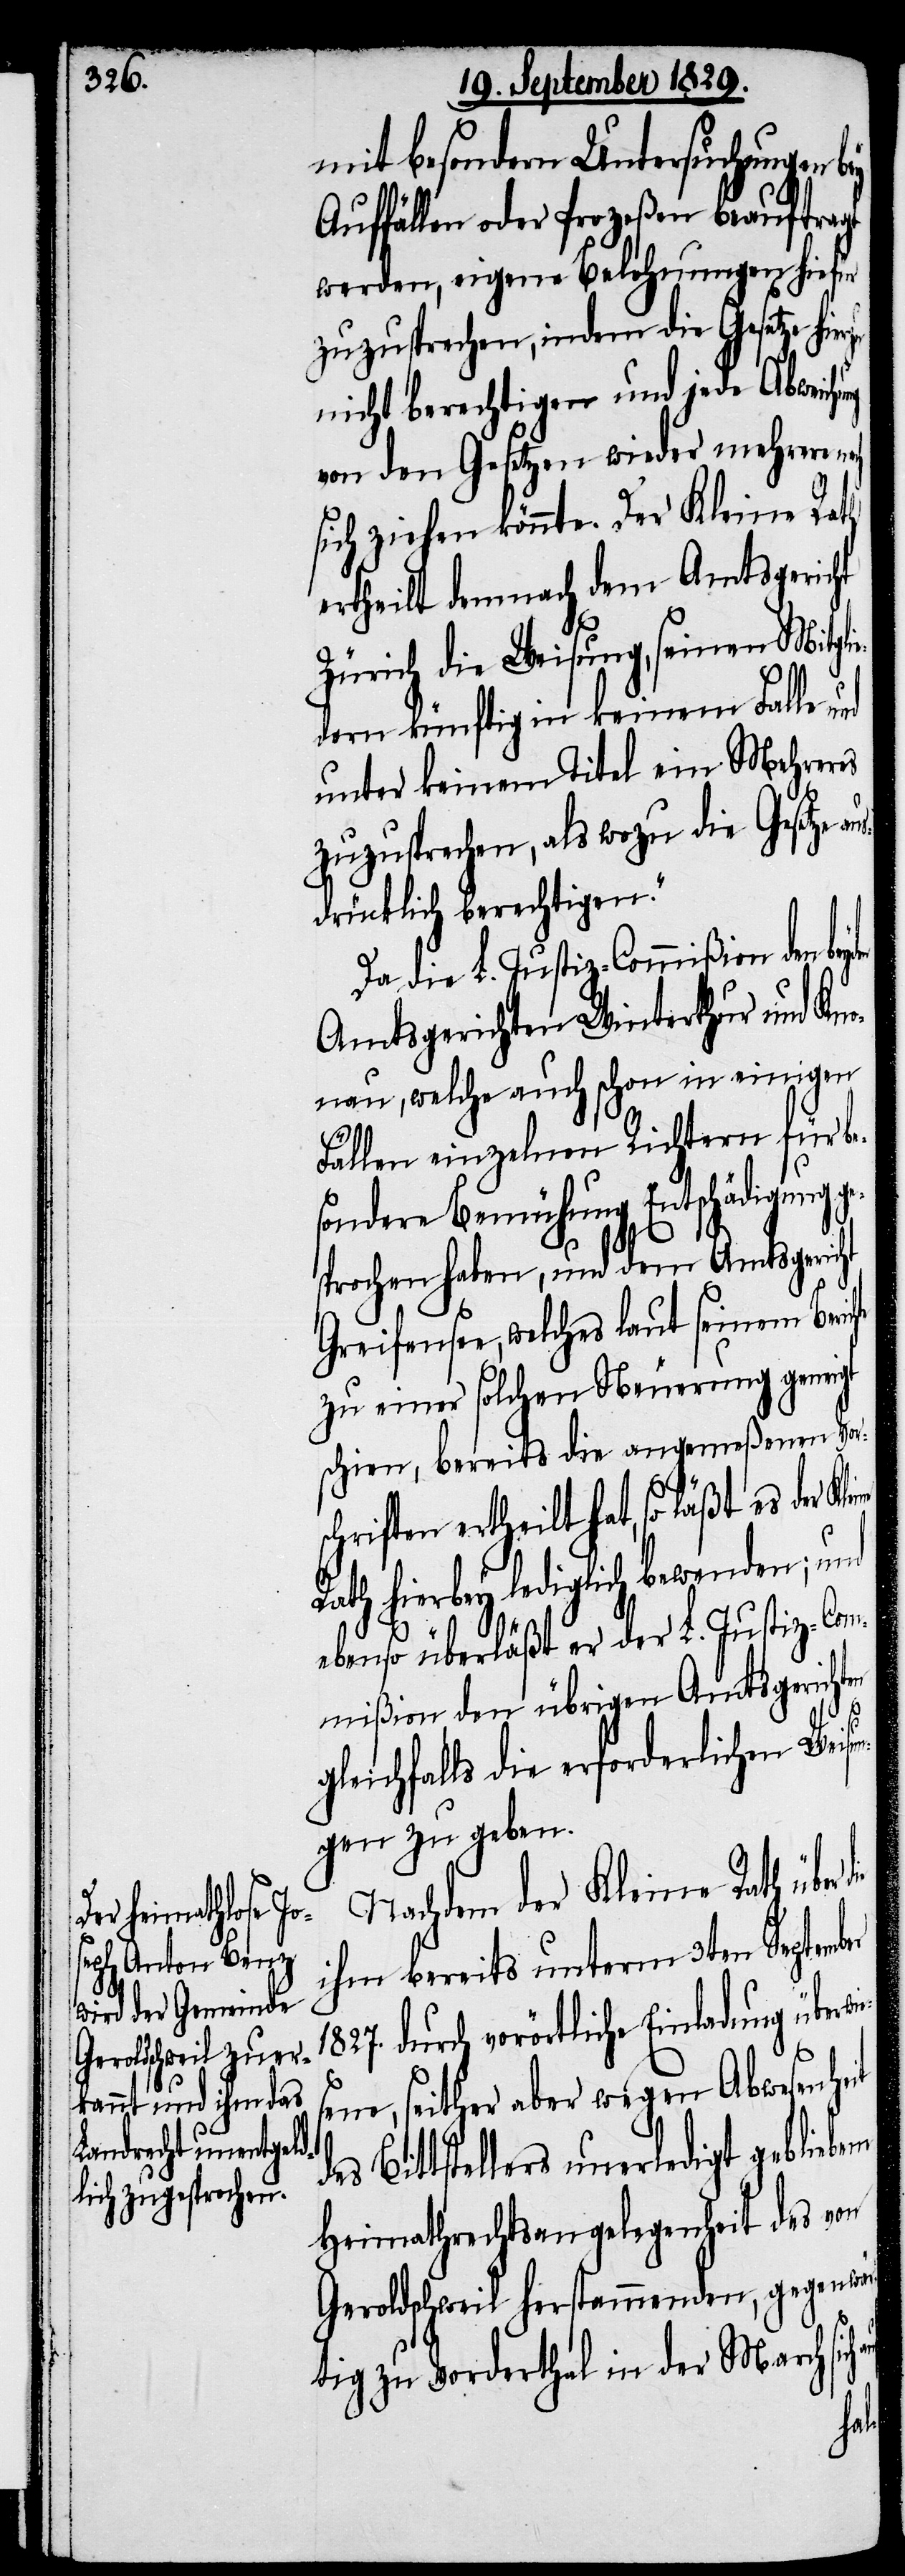
mit besondern Untersuchungen bey
Auffällen oder Prozeßen beauftragt
werden, eigene Belohnungen hiefür
zuzusprechen, indem die Gesetze hier¬
nicht berechtigen und jede Abweic¬
von den Gesetzen wieder mehrere
sich ziehen könnte. Der Kleine Rath
ertheilt demnach dem Amtsgericht
Zürich die Weisung, seinen Mitgli¬
edern künftig in keinem Falle und
unter keinem Titel ein Mehreres
zuzusprechen, als wozu die Gesetze
sdrücklich berechtigen.“
Da die L. Justiz-Commißion den
Amtsgerichten Winterthur und Kno¬
nau, welche auch schon in einigen
Fällen einzelnen Richtern für be¬
sondere Bemühung Entschädigung ge¬
sprochen haben, und dem Amtsgericht
Greifensee, welches laut seinem Beri¬
zu einer solchen Neuerung geneigt
schien, bereits die angemeßenen Vors¬
chriften ertheilt hat, so läßt es der
Rath hierbey lediglich bewenden; und
ebenso überläßt er der L. Justiz-Com¬
mißion den übrigen Amtsgerichten
gleichfalls die erforderlichen Wei¬
gen zu geben.
Nachdem der Kleine Rath über
ihm bereits unterm 3ten Septem¬
1827. durch vorörtliche Einladung über¬
e, seither aber wegen Abwesenhe¬
s Bittstellers unerledigt geblie¬
Heimathrechtsangelegenheit des von
Geroldschweil herstammenden, gegenwä¬
rtig zu Vorderthal in der March sich
bene